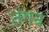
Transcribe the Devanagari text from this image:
तंगन